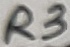
Text: R3